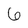
Character: 6